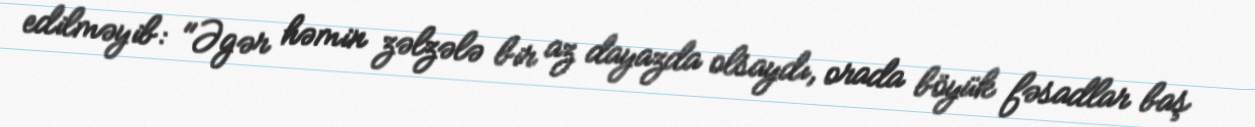
edilməyib: "Əgər həmin zəlzələ bir az dayazda olsaydı, orada böyük fəsadlar baş